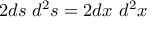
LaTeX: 2 d s \ d ^ { 2 } s = 2 d x \ d ^ { 2 } x